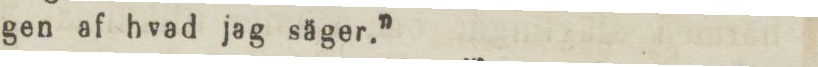
gen af hvad jag säger.”